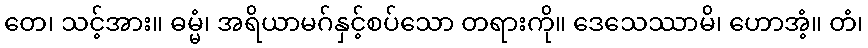
တေ၊ သင့်အား။ ဓမ္မံ၊ အရိယာမဂ်နှင့်စပ်သော တရားကို။ ဒေသေဿာမိ၊ ဟောအံ့။ တံ၊